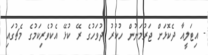
- އިޓަލީއާ ދެކޮޅަށް ޖަރުމަނުން ހުކުރު ދުވަހުގެ ރޭ ކުޅޭ އެކުވެރިކަމުގެ މެޗުގައި